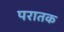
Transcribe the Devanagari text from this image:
परातक